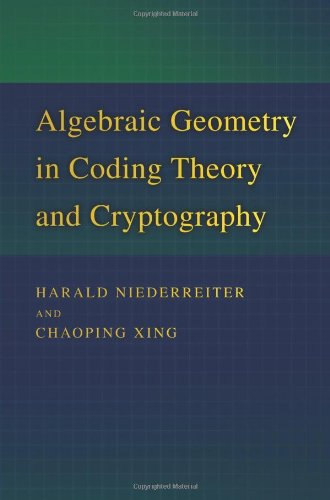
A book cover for Algebraic Geometry in Coding Theory and Cryptography; Harald Niederreiter; Computers & Technology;